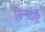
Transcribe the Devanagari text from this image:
भिन्नताएँ।